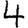
Digit: 4